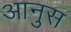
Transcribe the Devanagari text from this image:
आनुस